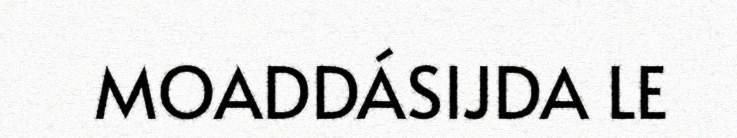
MOADDÁSIJDA LE